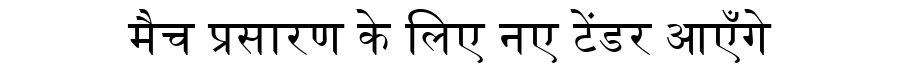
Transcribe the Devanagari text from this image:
मैच प्रसारण के लिए नए टेंडर आएँगे